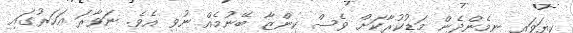
ކިޔަވައި ނިމެންދެން މަޑުކުރާކަށް ވެސް ކިންޒާ ބޭނުމެއް ނުވި އެވެ. ނަވާރަ އަހަރުގައި